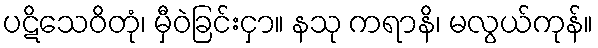
ပဋိသေဝိတုံ၊ မှီဝဲခြင်းငှာ။ နသု ကရာနိ၊ မလွယ်ကုန်။